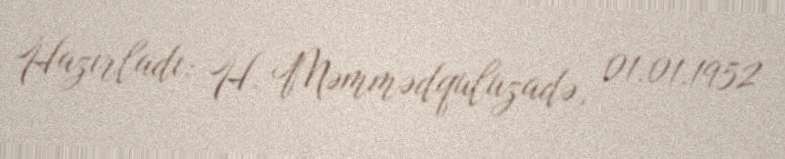
Hazırladı: H. Məmmədquluzadə, 01.01.1952